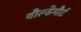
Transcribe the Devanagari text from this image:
वौल्डेमौर्ट